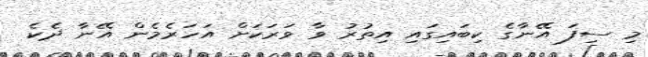
މި ސިފަ އޭނާގެ ކިބައިގައި އިތުރު ވާ ވަރަކަށް އަހަރެމެން އޭނާ ދެކެ